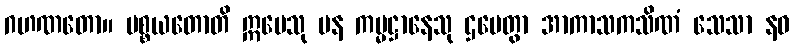
ဂဟဏတော။ ပစ္စယတောတိ ဣမေသု ပန ကမ္မဋ္ဌာနေသု ဌပေတွာ အာကာသကသိဏံ သေသာ နဝ